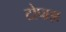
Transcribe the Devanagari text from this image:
टोपाझ